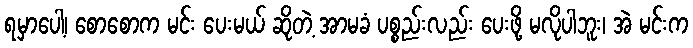
ရမှာပေါ့၊ စောစောက မင်း ပေးမယ် ဆိုတဲ့ အာမခံ ပစ္စည်းလည်း ပေးဖို့ မလိုပါဘူး၊ အဲ မင်းက